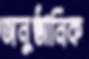
অনুষ্ঠানিক